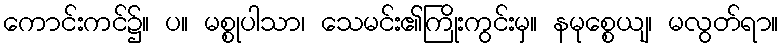
ကောင်းကင်၌။ ပ။ မစ္စုပါသာ၊ သေမင်း၏ကြိုးကွင်းမှ။ နမုစ္စေယျ၊ မလွတ်ရာ။